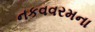
નકવવરમના